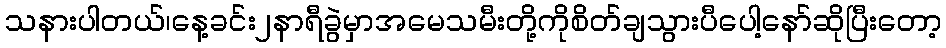
သနားပါတယ်၊နေ့ခင်း၂နာရီခွဲမှာအမေသမီးတို့ကိုစိတ်ချသွားပီပေါ့နော်ဆိုပြီးတော့